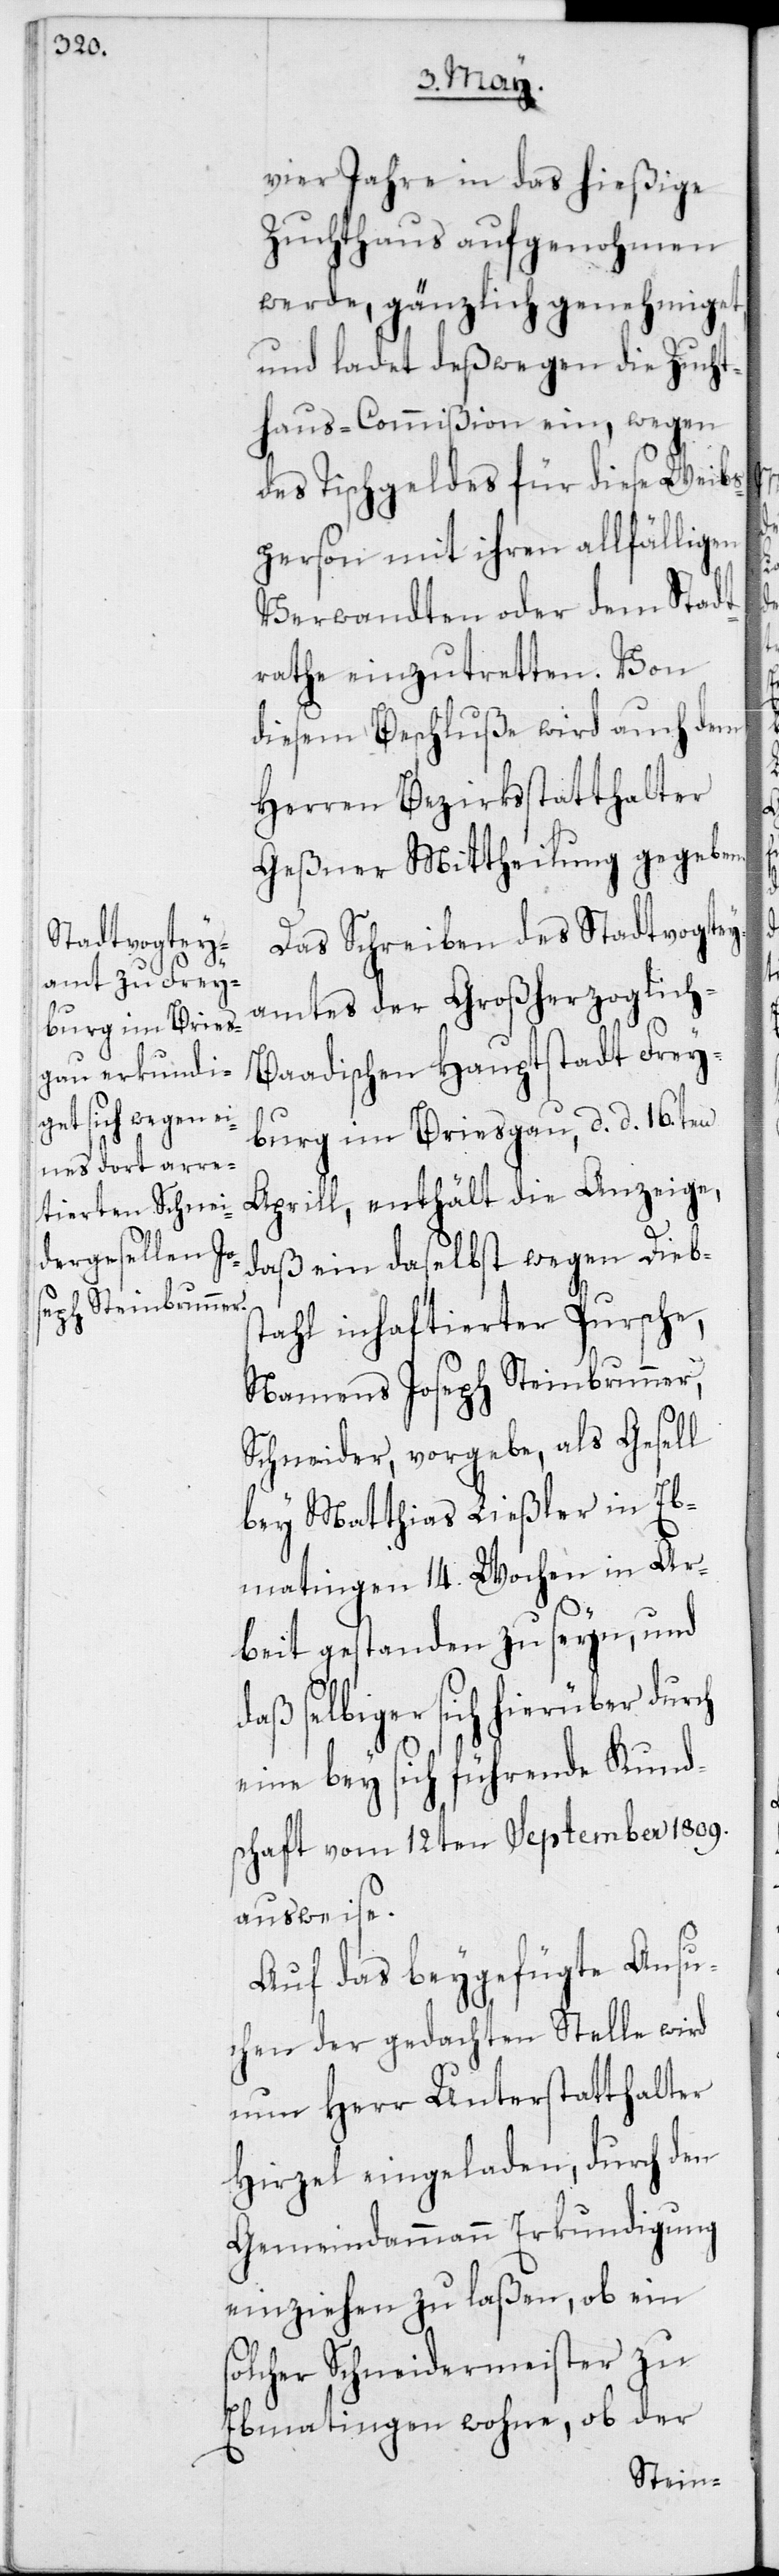
vier Jahre in das hießige
Zuchthaus aufgenohmen
werde, gänzlich genehmiget,
und ladet deßwegen die Zucht¬
haus-Commißion ein, wegen
des Tischgeldes für diese Weibs¬
person mit ihren allfälligen
Verwandten oder dem Stadt¬
rathe einzutretten. Von
diesem Beschluße wird auch dem
Herren Bezirksstatthalter
Geßner Mittheilung gegeben.
Das Schreiben des Stadtvogtey¬
amtes der Großherzoglich-B¬
aadischen Hauptstadt Frey¬
burg im Breisgau, d. d. 16ten
Aprill, enthält die Anzeige,
daß ein daselbst wegen Diebs¬
tahl inhaftierter Pursche,
Namens Joseph Steinbrunner,
Schneider, vorgebe, als Gesell
bey Matthias Ließler in Eb¬
matingen 14. Wochen in Ar¬
beit gestanden zu seyn, und
daß selbiger sich hierüber
eine bey sich führende Kund¬
schaft vom 12ten September 1809.
ausweise.
Auf das beygefügte Ansu¬
chen der gedachten Stelle wird
nun Herr Unterstatthalter
Hirzel eingeladen, durch den
Gemeindammann Erkundigung
einziehen zu laßen, ob ein
solcher Schneidermeister zu
Ebmatingen wohne, ob der